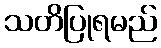
သတိပြုရမည်